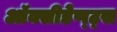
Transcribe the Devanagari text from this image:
ऑक्सीडेण्ट्स